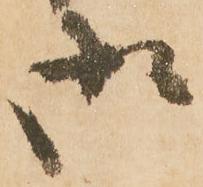
御